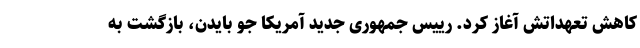
کاهش تعهداتش آغاز کرد. رییس جمهوری جدید آمریکا جو بایدن، بازگشت به